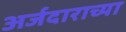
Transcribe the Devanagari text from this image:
अर्जदाराच्या